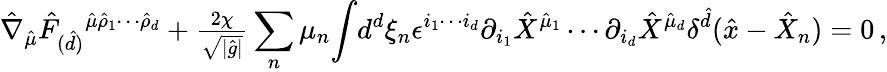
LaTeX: \hat{\nabla}_{\hat{\mu}}\hat{F}_{(\hat{d})}{}^{\hat{\mu}\hat{\rho}_{1}\cdots\hat{\rho}_{d}}+{\textstyle\frac{2\chi}{\sqrt{|\hat{g}|}}}\sum_{n}\mu_{n}{\displaystyle\int}d^{d}\xi_{n}\epsilon^{i_{1}\cdots i_{d}}\partial_{i_{1}}\hat{X}^{\hat{\mu}_{1}}\cdots\partial_{i_{d}}\hat{X}^{\hat{\mu}_{d}}\delta^{\hat{d}}(\hat{x}-\hat{X}_{n})=0\, ,